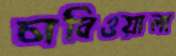
চাবিওয়ালা